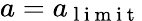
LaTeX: a=a_{\mathrm{~l~i~m~i~t~}}